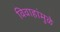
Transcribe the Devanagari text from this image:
विवाहांमुळे